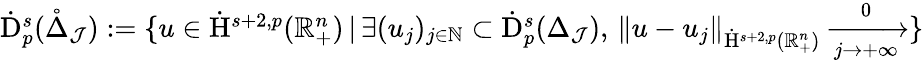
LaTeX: \begin{array}{r}{\dot{\mathrm{D}}_{p}^{s}(\mathring{\Delta}_{\mathcal{J}}):=\{ u\in\dot{\mathrm{H}}^{s+2,p}(\mathbb{R}_{+}^{n})\, |\, \exists(u_{j})_{j\in\mathbb{N}}\subset\dot{\mathrm{D}}_{p}^{s}(\Delta_{\mathcal{J}}),\, \lVert u-u_{j}\rVert_{\dot{\mathrm{H}}^{s+2,p}(\mathbb{R}_{+}^{n})}\xrightarrow[j\rightarrow+\infty]0\} }\end{array}